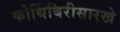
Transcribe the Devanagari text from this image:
कोथिंबिरीसारखे